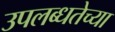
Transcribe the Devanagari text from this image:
उपलब्धतेच्या